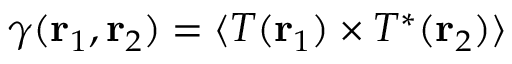
\gamma ( { \bf { r } } _ { 1 } , { \bf { r } } _ { 2 } ) = \langle T ( { \bf { r } } _ { 1 } ) \times { { T } ^ { * } } ( { \bf { r } } _ { 2 } ) \rangle